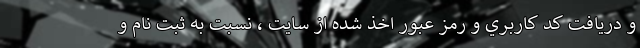
و دريافت كد كاربري و رمز عبور اخذ شده از سايت ، نسبت به ثبت نام و